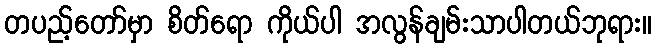
တပည့်တော်မှာ စိတ်ရော ကိုယ်ပါ အလွန်ချမ်းသာပါတယ်ဘုရား။